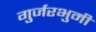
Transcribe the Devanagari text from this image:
गुर्जरभुमी